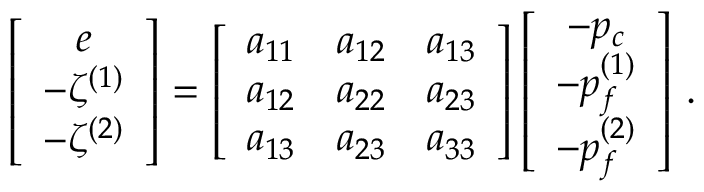
\left[ \begin{array} { c } { e } \\ { - \zeta ^ { ( 1 ) } } \\ { - \zeta ^ { ( 2 ) } } \end{array} \right] = \left[ \begin{array} { c c c } { a _ { 1 1 } } & { a _ { 1 2 } } & { a _ { 1 3 } } \\ { a _ { 1 2 } } & { a _ { 2 2 } } & { a _ { 2 3 } } \\ { a _ { 1 3 } } & { a _ { 2 3 } } & { a _ { 3 3 } } \end{array} \right] \left[ \begin{array} { c } { - p _ { c } } \\ { - p _ { f } ^ { ( 1 ) } } \\ { - p _ { f } ^ { ( 2 ) } } \end{array} \right] \, .